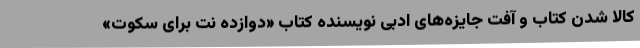
کالا شدن کتاب و آفت جایزه‌های ادبی نویسنده کتاب «دوازده نت برای سکوت»